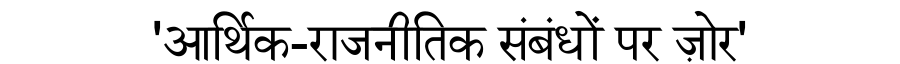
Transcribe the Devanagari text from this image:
'आर्थिक-राजनीतिक संबंधों पर ज़ोर'